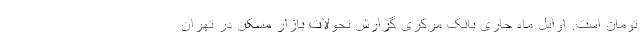
تومان است. اوایل ماه جاری بانک مرکزی گزارش تحولات بازار مسکن در تهران